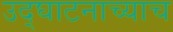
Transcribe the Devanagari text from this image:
उद्घाटनाच्याच